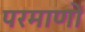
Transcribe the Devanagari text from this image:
परमाणों